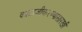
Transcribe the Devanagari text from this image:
काळजीकरण्यासारखी